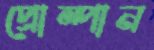
প্রোম্পান